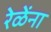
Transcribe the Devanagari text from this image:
रेळेंना